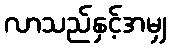
လာသည်နှင့်အမျှ